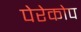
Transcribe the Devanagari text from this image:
पेरेकोप